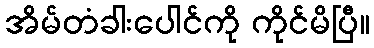
အိမ်တံခါးပေါင်ကို ကိုင်မိပြီ။